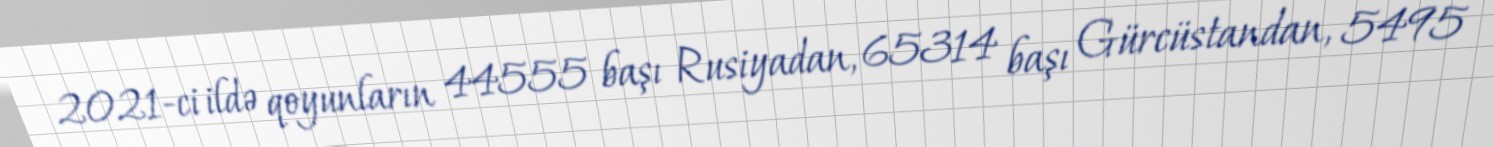
2021-ci ildə qoyunların 44555 başı Rusiyadan, 65314 başı Gürcüstandan, 5495